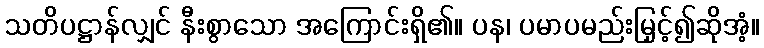
သတိပဋ္ဌာန်လျှင် နီးစွာသော အကြောင်းရှိ၏။ ပန၊ ပမာပမည်းမြှင့်၍ဆိုအံ့။